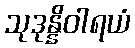
သုဒုန္နိဝါရယံ